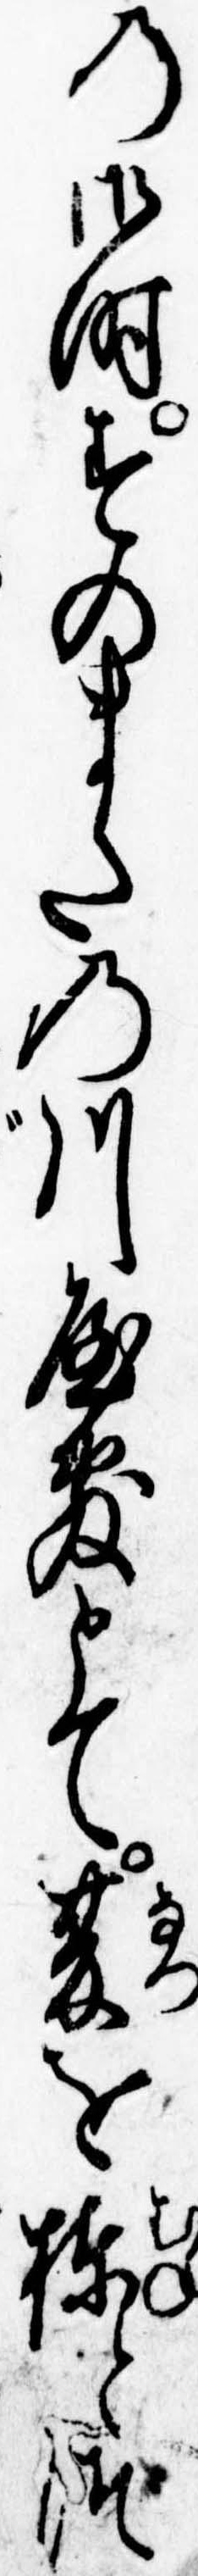
の御時すのまたの川屋敷とて夏を棟とつ